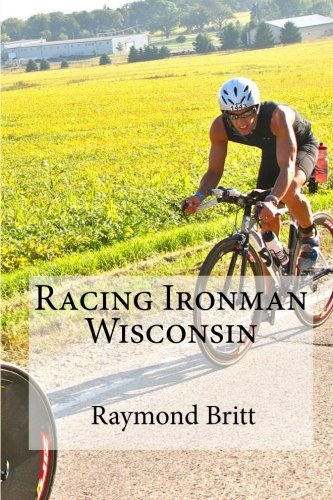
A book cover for Racing Ironman Wisconsin: Everything You Need to Know; Raymond Britt; Health, Fitness & Dieting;